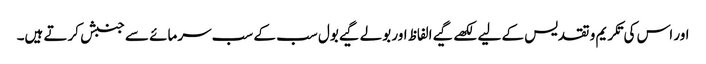
اور اس کی تکریم و تقدیس کے لیے لکھے گیے الفاظ اور بولے گیے بول سب کے سب سرمائے سے جنبش کرتے ہیں۔